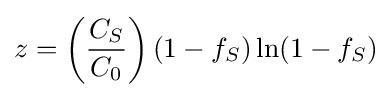
z=\left({\frac {C_{S}}{C_{0}}}\right)(1-f_{S})\ln(1-f_{S})